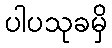
ပါပသုခမှိ